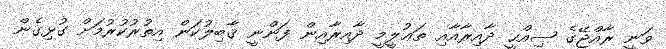
ވަނީ ރާއްޖޭގެ ޞިއްޙީ ދާއިރާއާއި ތަޢުލީމީ ދާއިރާއިން ފަންނީ ޤާބިލުކަން އިތުރުކުރުމަށް ގުޅިގެން